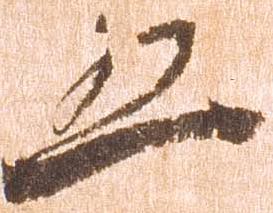
五